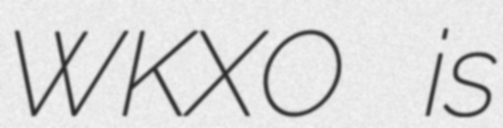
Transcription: WKXO is